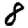
Digit: 8